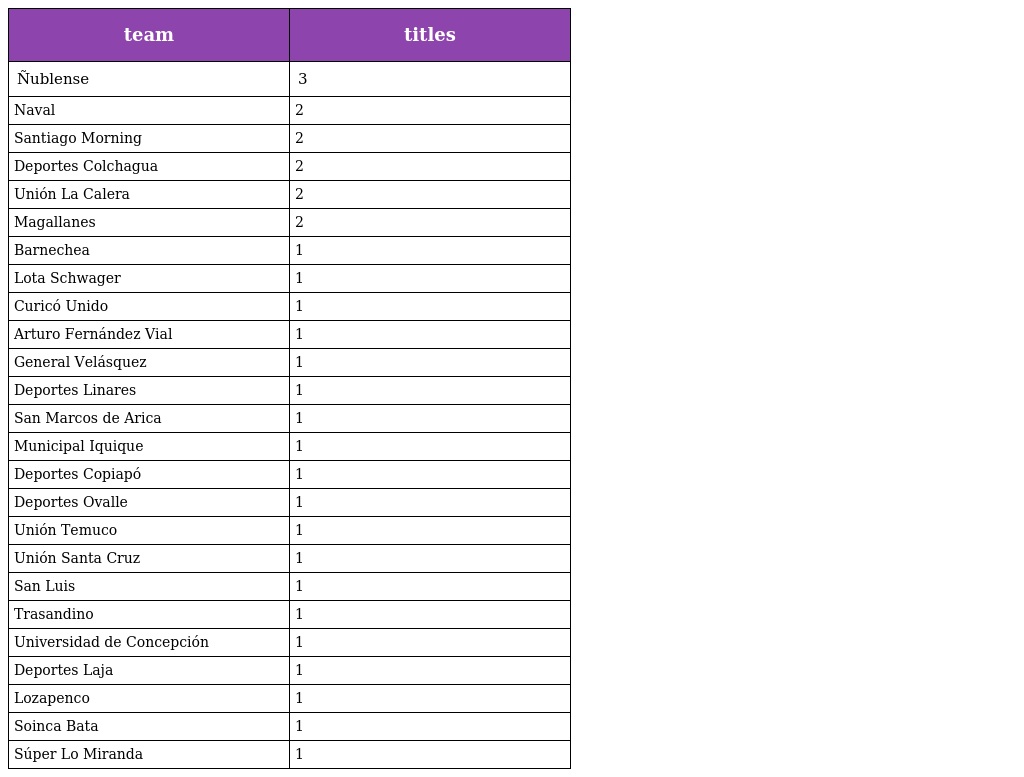
| team | titles |
 | --- | --- |
 | Ñublense | 3 |
 | Naval | 2 |
 | Santiago Morning | 2 |
 | Deportes Colchagua | 2 |
 | Unión La Calera | 2 |
 | Magallanes | 2 |
 | Barnechea | 1 |
 | Lota Schwager | 1 |
 | Curicó Unido | 1 |
 | Arturo Fernández Vial | 1 |
 | General Velásquez | 1 |
 | Deportes Linares | 1 |
 | San Marcos de Arica | 1 |
 | Municipal Iquique | 1 |
 | Deportes Copiapó | 1 |
 | Deportes Ovalle | 1 |
 | Unión Temuco | 1 |
 | Unión Santa Cruz | 1 |
 | San Luis | 1 |
 | Trasandino | 1 |
 | Universidad de Concepción | 1 |
 | Deportes Laja | 1 |
 | Lozapenco | 1 |
 | Soinca Bata | 1 |
 | Súper Lo Miranda | 1 |